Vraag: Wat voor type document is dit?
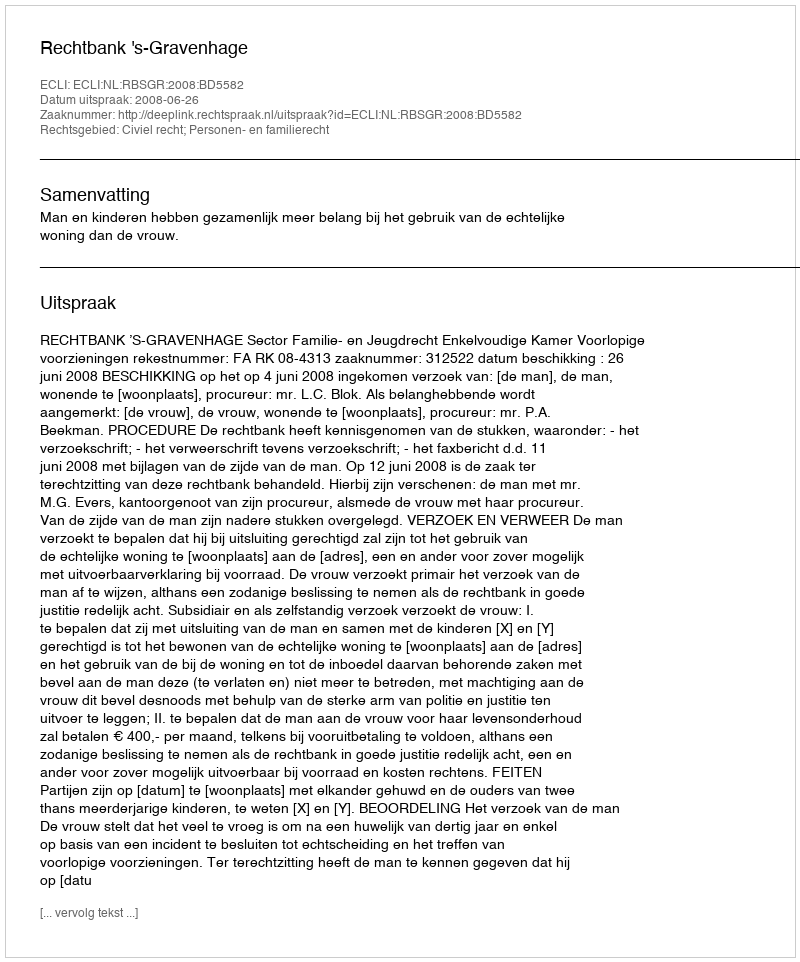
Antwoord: Uitspraak